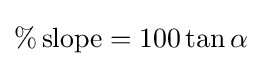
\%\,{\text{slope}}=100\tan {\alpha }